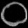
Digit: ၀